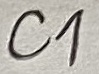
Text: C1